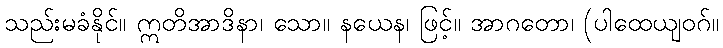
သည်းမခံနိုင်။ ဣတိအာဒိနာ၊ သော။ နယေန၊ ဖြင့်။ အာဂတော၊ (ပါထေယျဝဂ်။